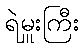
ရဲမှူးကြီး